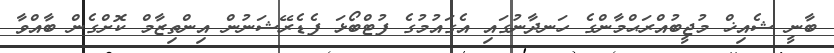
ބާނީ ޝެއިޚް މުޖީބުއްރަޙްމާންގެ ހަނދާނުގައި އެގައުމުގެ ފުޓްބޯޅަ ފެޑެރޭޝަނުން އިންތިޒާމް ކޮށްގެން ބާއްވާ